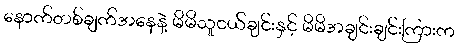
နောက်တစ်ချက်အနေနဲ့ မိမိသူငယ်ချင်းနှင့် မိမိအချင်းချင်းကြားက